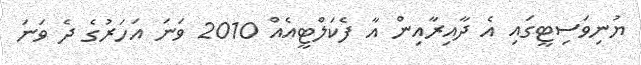
ޔުނިވަސިޓީގައި އެ ދާއިރާއިން އާ ފެކަލްޓީއެއް 2010 ވަނަ އަހަރުގެ ދެ ވަނަ